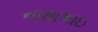
નાથાભાઇ